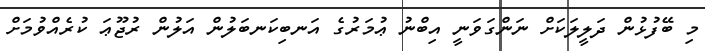
މި ބޭފުޅުން ދަލީލަކަށް ނަންގަވަނީ އިބްނު ޢުމަރުގެ އަނބިކަނބަލުން އަލުން ރުޖޫޢަ ކުރެއްވުމަށް